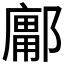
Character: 𰻽